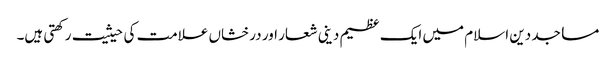
مساجد دین اسلام میں ایک عظیم دینی شعار اور درخشاں علامت کی حیثیت رکھتی ہیں۔